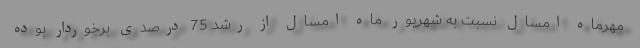
مهرماه امسال نسبت به شهریور ماه امسال از رشد 75 درصدی برخوردار بوده